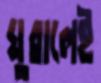
ঘুরালেই